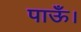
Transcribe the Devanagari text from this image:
पाऊँ।